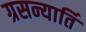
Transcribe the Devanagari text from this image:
ग्रसन्यार्ति